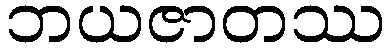
ဘယဇာတဿ